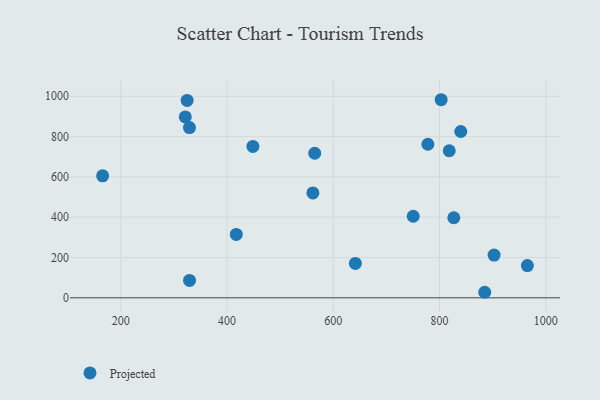
{"axis": {"x": "Ad Spend", "y": "Sales"}, "legend": ["Projected"], "data": [{"x": "818.3", "y": 729.7, "type": "Projected"}, {"x": "321.4", "y": 897.8, "type": "Projected"}, {"x": "165.8", "y": 605.5, "type": "Projected"}, {"x": "448.7", "y": 751.4, "type": "Projected"}, {"x": "902.7", "y": 212.2, "type": "Projected"}, {"x": "840.0", "y": 825.2, "type": "Projected"}, {"x": "324.9", "y": 979.5, "type": "Projected"}, {"x": "965.4", "y": 160.0, "type": "Projected"}, {"x": "885.1", "y": 27.5, "type": "Projected"}, {"x": "826.9", "y": 397.3, "type": "Projected"}, {"x": "329.4", "y": 86.1, "type": "Projected"}, {"x": "750.5", "y": 404.7, "type": "Projected"}, {"x": "329.3", "y": 844.9, "type": "Projected"}, {"x": "641.6", "y": 170.5, "type": "Projected"}, {"x": "417.4", "y": 314.6, "type": "Projected"}, {"x": "803.1", "y": 982.9, "type": "Projected"}, {"x": "565.1", "y": 717.2, "type": "Projected"}, {"x": "561.6", "y": 520.6, "type": "Projected"}, {"x": "778.1", "y": 762.0, "type": "Projected"}]}